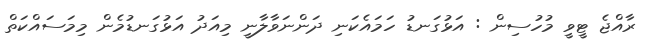
ރާއްޖެ ޓީވީ މުހުސިން : އަޅުގަނޑު ހަމައެކަނި ދަންނަވާލާނީ މިއަދު އަޅުގަނޑުމެން މިމަސައްކަތް